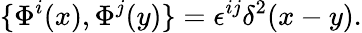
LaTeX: \{ \Phi^{i}(x),\Phi^{j}(y)\} =\epsilon^{ij}\delta^{2}(x-y).